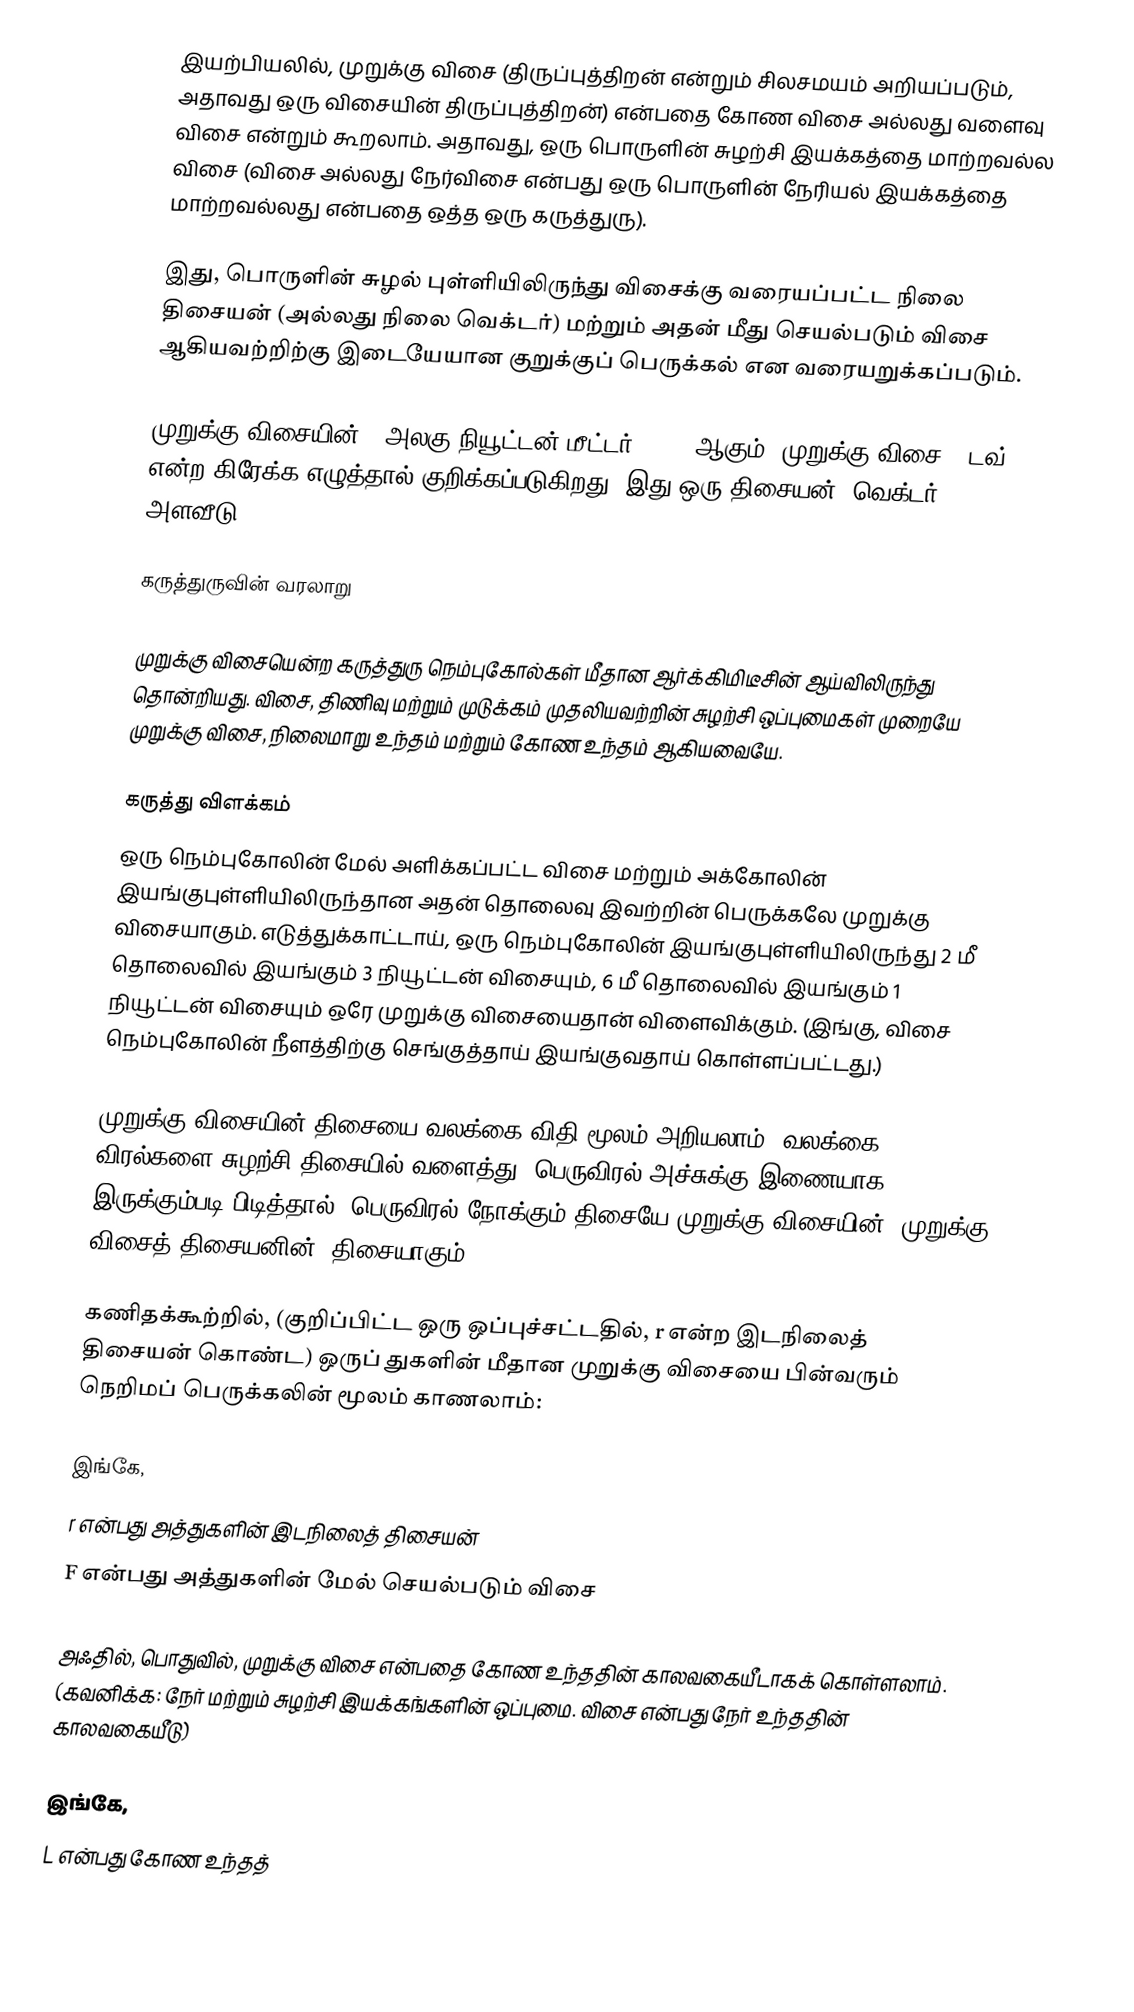
இயற்பியலில், முறுக்கு விசை (திருப்புத்திறன் என்றும் சிலசமயம் அறியப்படும், அதாவது ஒரு விசையின் திருப்புத்திறன்) என்பதை கோண விசை அல்லது வளைவு விசை என்றும் கூறலாம். அதாவது, ஒரு பொருளின் சுழற்சி இயக்கத்தை மாற்றவல்ல விசை (விசை அல்லது நேர்விசை என்பது ஒரு பொருளின் நேரியல் இயக்கத்தை மாற்றவல்லது என்பதை ஒத்த ஒரு கருத்துரு).

இது, பொருளின் சுழல் புள்ளியிலிருந்து விசைக்கு வரையப்பட்ட நிலை திசையன் (அல்லது நிலை வெக்டர்) மற்றும் அதன் மீது செயல்படும் விசை ஆகியவற்றிற்கு இடையேயான குறுக்குப் பெருக்கல் என வரையறுக்கப்படும்.

முறுக்கு விசையின் SIஅலகு நியூட்டன்.மீட்டர் (N.m) ஆகும். முறுக்கு விசை τ(டவ்) என்ற கிரேக்க எழுத்தால் குறிக்கப்படுகிறது. இது ஒரு திசையன் (வெக்டர்) அளவீடு.

கருத்துருவின் வரலாறு

முறுக்கு விசையென்ற கருத்துரு நெம்புகோல்கள் மீதான ஆர்க்கிமிடீசின் ஆய்விலிருந்து தொன்றியது. விசை, திணிவு மற்றும் முடுக்கம் முதலியவற்றின் சுழற்சி ஒப்புமைகள் முறையே முறுக்கு விசை, நிலைமாறு உந்தம் மற்றும் கோண உந்தம் ஆகியவையே.

கருத்து விளக்கம்
ஒரு நெம்புகோலின் மேல் அளிக்கப்பட்ட விசை மற்றும் அக்கோலின் இயங்குபுள்ளியிலிருந்தான அதன் தொலைவு இவற்றின் பெருக்கலே முறுக்கு விசையாகும். எடுத்துக்காட்டாய், ஒரு நெம்புகோலின் இயங்குபுள்ளியிலிருந்து 2 மீ தொலைவில் இயங்கும் 3 நியூட்டன் விசையும், 6 மீ தொலைவில் இயங்கும் 1 நியூட்டன் விசையும் ஒரே முறுக்கு விசையைதான் விளைவிக்கும். (இங்கு, விசை நெம்புகோலின் நீளத்திற்கு செங்குத்தாய் இயங்குவதாய் கொள்ளப்பட்டது.)

முறுக்கு விசையின் திசையை வலக்கை விதி மூலம் அறியலாம்: வலக்கை விரல்களை சுழற்சி திசையில் வளைத்து, பெருவிரல் அச்சுக்கு இணையாக இருக்கும்படி பிடித்தால், பெருவிரல் நோக்கும் திசையே முறுக்கு விசையின் (முறுக்கு விசைத் திசையனின்) திசையாகும்.

கணிதக்கூற்றில், (குறிப்பிட்ட ஒரு ஒப்புச்சட்டதில், r என்ற இடநிலைத் திசையன் கொண்ட) ஒருப் துகளின் மீதான முறுக்கு விசையை பின்வரும் நெறிமப் பெருக்கலின் மூலம் காணலாம்:

இங்கே,
r என்பது அத்துகளின் இடநிலைத் திசையன்
F என்பது அத்துகளின் மேல் செயல்படும் விசை

அஃதில், பொதுவில், முறுக்கு விசை என்பதை கோண உந்ததின் காலவகையீடாகக் கொள்ளலாம். (கவனிக்க: நேர் மற்றும் சுழற்சி இயக்கங்களின் ஒப்புமை. விசை என்பது நேர் உந்ததின் காலவகையீடு)

இங்கே,
L என்பது கோண உந்தத்